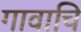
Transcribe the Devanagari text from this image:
गावाचि